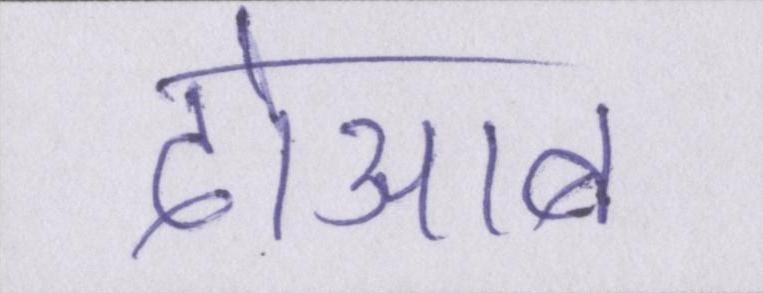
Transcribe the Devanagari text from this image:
दोआब